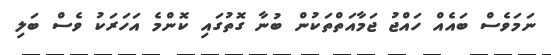
ނަމަވެސް ބައެއް ހައްޖު ޖަމާއަތްތަކުން ބުނާ ގޮތުގައި ކޮންމެ އަހަރަކު ވެސް ބަލި